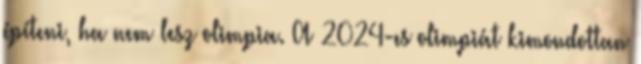
építeni, ha nem lesz olimpia. A 2024-es olimpiát kimondottan